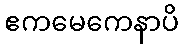
ဧကမေကေနာပိ